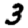
Digit: 3